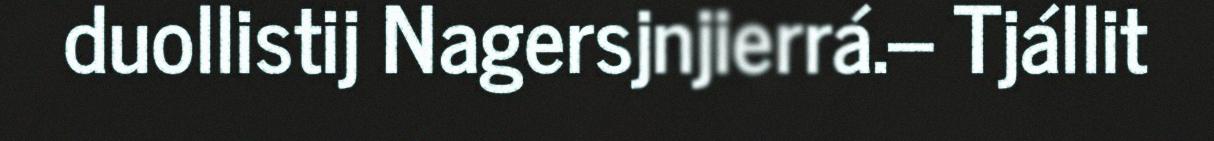
duollistij Nagersjnjierrá.– Tjállit